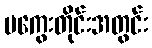
မကွေးတိုင်းအတွင်း